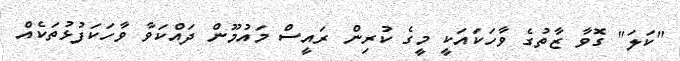
"ކަލަ" ގޮވާ ޒާތުގެ ވާހަކައަކީ މީގެ ކުރިން ރައީސް މައުމޫން ދައްކަވާ ވާހަކަފުޅުތަކެއް